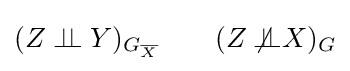
(Z\perp \!\!\!\perp Y)_{G_{\overline {X}}}\qquad (Z\not \!\!{\perp \!\!\!\perp }X)_{G}